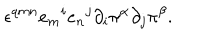
LaTeX: \epsilon ^ { q m n } { e _ { m } } ^ { i } { e _ { n } } ^ { j } \partial _ { i } \pi ^ { \alpha } \partial _ { j } \pi ^ { \beta } .